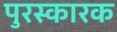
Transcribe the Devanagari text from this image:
पुरस्कारक